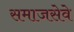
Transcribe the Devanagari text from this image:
समाजसेवे